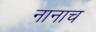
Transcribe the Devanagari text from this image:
नानाच